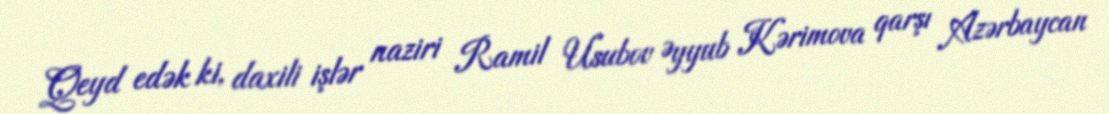
Qeyd edək ki, daxili işlər naziri Ramil Usubov Əyyub Kərimova qarşı Azərbaycan